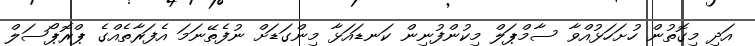
އަދި މިގޮތުން ހުށަހަޅުއްވާ ސާމްޕަލް މިކުންފުނިން ކަނޑައަޅާ މިންގަޑަށް ނުފެތޭނަމަ އެފަރާތެއްގެ ޕްރޮޕޯސަލް